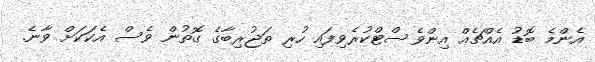
އެންމެ ބޮޑު އެއްޗެއް އިންވެސްޓްކުރެވިފައި ހުރި ތަޖުރިބާގެ ގޮތުން ވެސް އެކަކަށް ވާނެ.